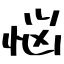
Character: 悩